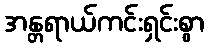
အန္တရာယ်ကင်းရှင်းစွာ